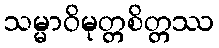
သမ္မာဝိမုတ္တစိတ္တဿ